Scientific memoirs by medical officers of the Army of India - Part IX,
Year: 1895
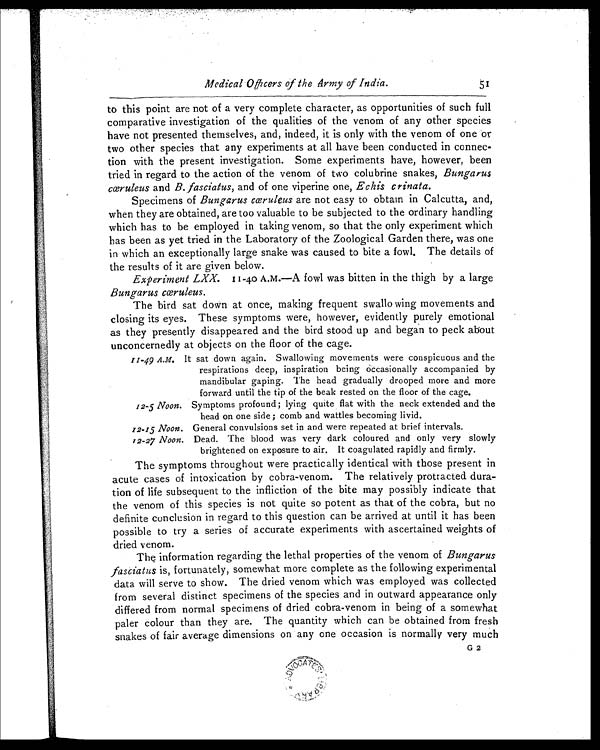
Medical Officers of the Army of India.
51
to this point are not of a very complete character, as opportunities of such full
comparative investigation of the qualities of the venom of any other species
have not presented themselves, and, indeed, it is only with the venom of one or
two other species that any experiments at all have been conducted in connec-
tion with the present investigation. Some experiments have, however, been
tried in regard to the action of the venom of two colubrine snakes, Bungarus
cœruleus and B. fasciatus, and of one viperine one, Echis crinata.
Specimens of Bungarus cœruleus are not easy to obtain in Calcutta, and,
when they are obtained, are too valuable to be subjected to the ordinary handling
which has to be employed in taking venom, so that the only experiment which
has been as yet tried in the Laboratory of the Zoological Garden there, was one
in which an exceptionally large snake was caused to bite a fowl. The details of
the results of it are given below.
Experiment LXX. 11-40 A . M . — A f o w l w a s b i t t e n i n t h e t h i g h b y a l a r g e
Bungarus cœruleus.
The bird sat down at once, making frequent swallo wing movements and
closing its eyes. These symptoms were, however, evidently purely emotional
as they presently disappeared and the bird stood up and began to peck about
unconcernedly at objects on the floor of the cage.
11-49 A.M. It sat down again. Swallowing movements were conspicuous and the
respirations deep, inspiration being occasionally accompanied by
mandibular gaping. The head gradually drooped more and more
forward until the tip of the beak rested on the floor of the cage.
12-5 Noon. Symptoms profound; lying quite flat with the neck extended and the
head on one side; comb and wattles becoming livid.
12-15 Noon. General convulsions set in and were repeated at brief intervals.
12-27 Noon. Dead. The blood was very dark coloured and only very slowly
brightened on exposure to air. It coagulated rapidly and firmly.
The symptoms throughout were practically identical with those present in
acute cases of intoxication by cobra-venom. The relatively protracted dura-
tion of life subsequent to the infliction of the bite may possibly indicate that
the venom of this species is not quite so potent as that of the cobra, but no
definite conclusion in regard to this question can be arrived at until it has been
possible to try a series of accurate experiments with ascertained weights of
dried venom.
The information regarding the lethal properties of the venom of Bungarus
fasciatus is, fortunately, somewhat more complete as the following experimental
data will serve to show. The dried venom which was employed was collected
from several distinct specimens of the species and in outward appearance only
differed from normal specimens of dried cobra-venom in being of a somewhat
paler colour than they are. The quantity which can be obtained from fresh
snakes of fair average dimensions on any one occasion is normally very much
G 2